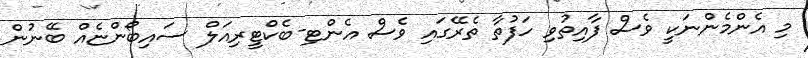
މި އެންމެންނަކީ ވެސް ފާއިތުވި ހަފުތާ ތެރޭގައި ވެސް އެންޓި-ބެކްޓީރިއަލް ސައިބޯންޏެއް ބޭނުން